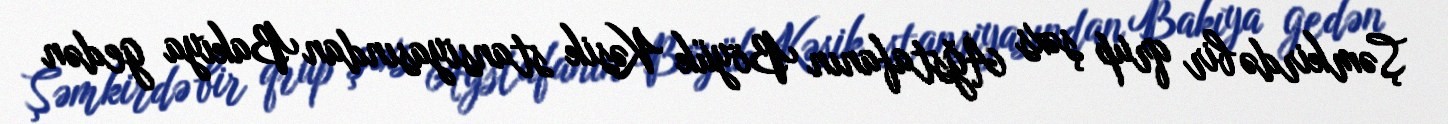
Şəmkirdə bir qrup şəxs Ağstafanın Böyük Kəsik stansiyasından Bakıya gedən